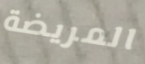
المريضة